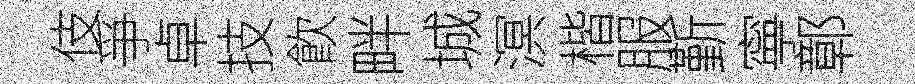
伎爭卓技飮畔城溟楷服斳寧鄣